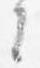
々